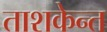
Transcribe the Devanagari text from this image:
ताशकेन्त